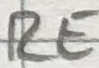
Text: RE